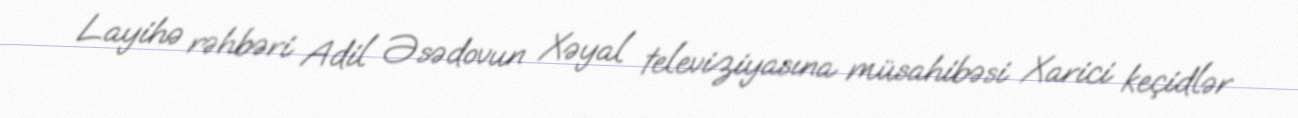
Layihə rəhbəri Adil Əsədovun Xəyal televiziyasına müsahibəsi Xarici keçidlər